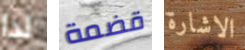
لذا قضمة الاشارة